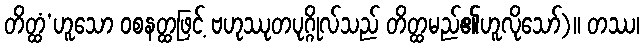
တိတ္ထံ’ဟူသော ဝစနတ္ထဖြင့် ဗဟုဿုတပုဂ္ဂိုလ်သည် တိတ္ထမည်၏ဟူလိုသော်)။ တဿ၊